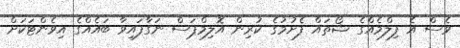
ވެސް އެ ފިލްމެއްގެ ޝޯތައް ފެށުމުގެ ކުރިން އޮލިމްޕަސް ނަގާފައިވާ ބައެއްގެ އިވެންޓަކަށް